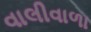
વાલીવાળા